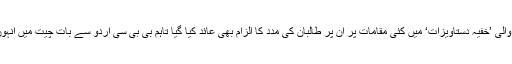
حمید گل پر وکی لیکس کی جانب سے جاری ہونے والی ’خفیہ دستاویزات‘ میں کئی مقامات پر ان پر طالبان کی مدد کا الزام بھی عائد کیا گیا تاہم بی بی سی اردو سے بات چیت میں انہوں نے ان تمام الزامات کی سختی سے تردید کی تھی۔